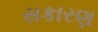
સકારણ